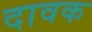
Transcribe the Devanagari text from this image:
दावक